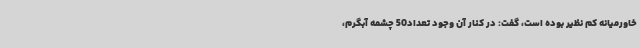
خاورمیانه کم نظیر بوده است، گفت: در کنار آن وجود تعداد50 چشمه آبگرم،